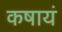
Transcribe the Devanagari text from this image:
कषायं